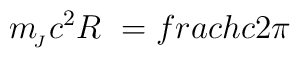
m_{\!_J} c^2 R\ = \\frac{hc}{2\pi}\vspace{-1.5ex}